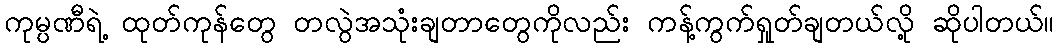
ကုမ္ပဏီရဲ့ ထုတ်ကုန်တွေ တလွဲအသုံးချတာတွေကိုလည်း ကန့်ကွက်ရှုတ်ချတယ်လို့ ဆိုပါတယ်။